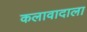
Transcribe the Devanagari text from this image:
कलावादाला